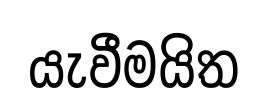
යැවීමයිත